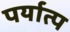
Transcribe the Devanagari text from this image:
पर्यात्प